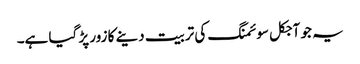
یہ جو آجکل سوئمنگ کی تربیت دینے کا زور پڑ گیا ہے۔